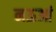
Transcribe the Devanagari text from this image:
नऊआं